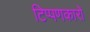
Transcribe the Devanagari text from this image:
टिप्पणकारों